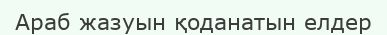
Араб жазуын қоданатын елдер